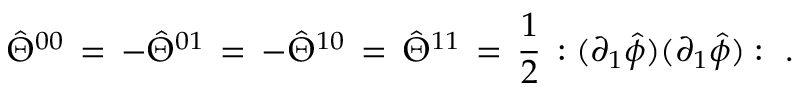
\hat { \Theta } ^ { 0 0 } \, = \, - \hat { \Theta } ^ { 0 1 } \, = \, - \hat { \Theta } ^ { 1 0 } \, = \, \hat { \Theta } ^ { 1 1 } \, = \, \frac { 1 } { 2 } \, : ( \partial _ { 1 } \hat { \phi } ) ( \partial _ { 1 } \hat { \phi } ) : \, \, .